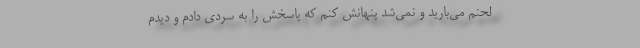
لحنم می‌بارید و نمی‌شد پنهانش کنم که پاسخش را به سردی دادم و دیدم